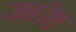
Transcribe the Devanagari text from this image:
जतीश